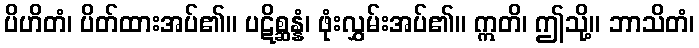
ပိဟိတံ၊ ပိတ်ထားအပ်၏။ ပဋိစ္ဆန္နံ၊ ဖုံးလွှမ်းအပ်၏။ ဣတိ၊ ဤသို့။ ဘာသိတံ၊